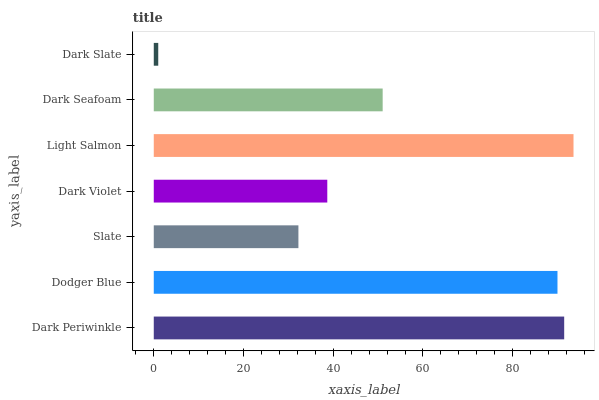
| yaxis_label | bars |
 | --- | --- |
 | Dark Periwinkle | 91.5 |
 | Dodger Blue | 90 |
 | Slate | 32.2 |
 | Dark Violet | 38.7 |
 | Light Salmon | 93.5 |
 | Dark Seafoam | 51 |
 | Dark Slate | 0.997 |